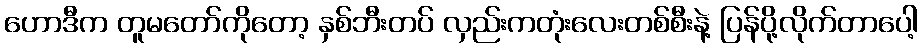
ဟောဒီက တူမတော်ကိုတော့ နှစ်ဘီးတပ် လှည်းကတုံးလေးတစ်စီးနဲ့ ပြန်ပို့လိုက်တာပေါ့